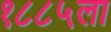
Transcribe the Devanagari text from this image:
१८८५ला